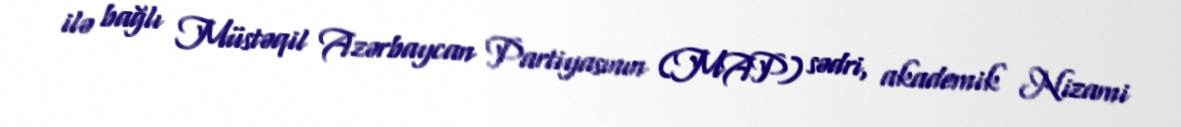
ilə bağlı Müstəqil Azərbaycan Partiyasının (MAP) sədri, akademik Nizami